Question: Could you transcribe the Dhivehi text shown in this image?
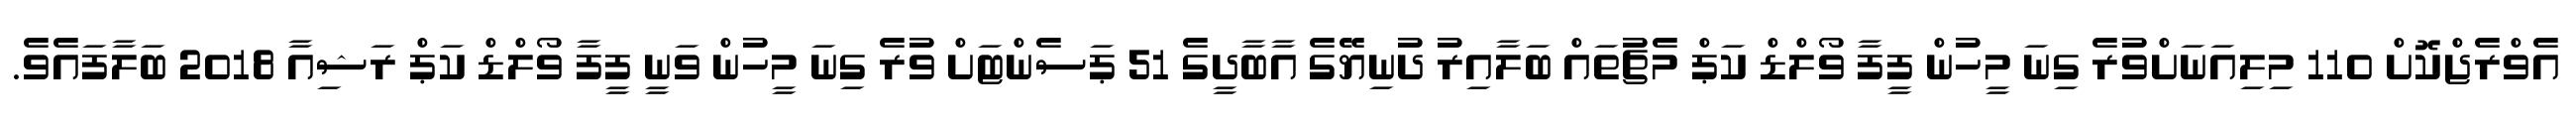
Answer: އެވްރެޖްކޮށް 110 މިލިއަނަށްވުރެ ގިނަ މީހުން ފީފާ ވޯލްޑް ކަޕް މެޗުތައް ބަލާއިރު ދުނިޔޭގެ އާބާދީގެ 51 ޕަސެންޓަށް ވުރެ ގިނަ މީހުން ވަނީ ފީފާ ވޯލްޑް ކަޕް ރަޝިއާ 2018 ބަލާފައެވެ.